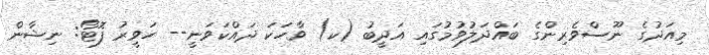
މިއަދުގެ ނޫސްވެރިންގެ ބައްދަލުވުމުގައި އަދީބު (ކ) ވާހަކަ ދައްކަވަނީ-- ހަވީރު ފޮޓޯ: ނިޝާން